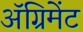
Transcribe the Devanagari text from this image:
ॲग्रिमेंट